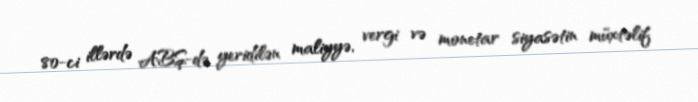
80-ci illərdə ABŞ-də yeridilən maliyyə, vergi və monetar siyasətin müxtəlif